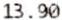
13.90